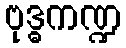
ဗုဒ္ဓကဏ္ဍ